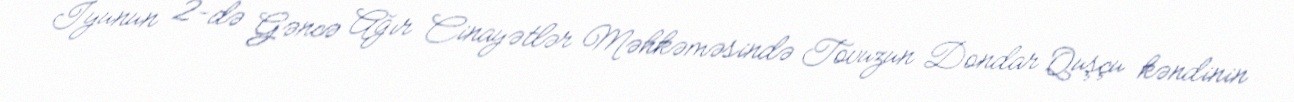
İyunun 2-də Gəncə Ağır Cinayətlər Məhkəməsində Tovuzun Dondar Quşçu kəndinin